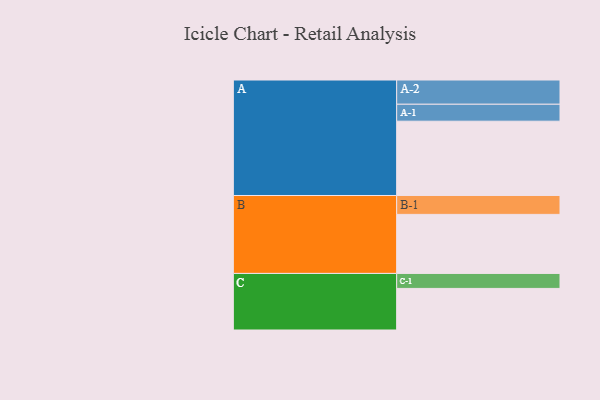
{"axis": {"x": "Segment", "y": "Value"}, "legend": ["", "A", "B", "C"], "data": [{"x": "A", "y": 570, "type": ""}, {"x": "B", "y": 453, "type": ""}, {"x": "C", "y": 319, "type": ""}, {"x": "A-1", "y": 130, "type": "A"}, {"x": "A-2", "y": 186, "type": "A"}, {"x": "B-1", "y": 145, "type": "B"}, {"x": "C-1", "y": 115, "type": "C"}]}